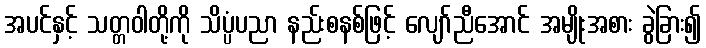
အပင်နှင့် သတ္တဝါတို့ကို သိပ္ပံပညာ နည်းစနစ်ဖြင့် လျော်ညီအောင် အမျိုးအစား ခွဲခြား၍